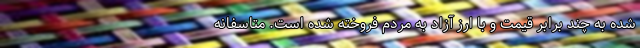
شده به چند برابر قیمت و با ارز آزاد به مردم فروخته شده است. متاسفانه